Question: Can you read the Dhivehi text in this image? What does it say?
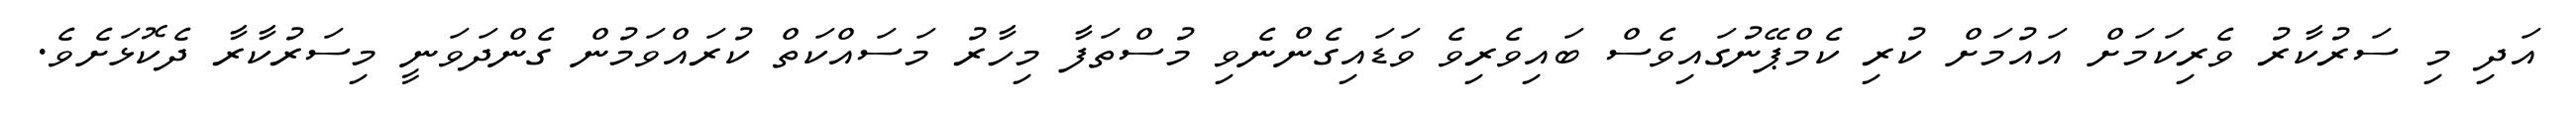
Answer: އަދި މި ސަރުކާރު ވެރިކަމަށް އައުމަށް ކުރި ކެމްޕޭނުގައިވެސް ބައިވެރިވެ ވަޑައިގެންނެވި މުސްތަފާ މިހާރު މަސައްކަތް ކުރައްވަމުން ގެންދަވަނީ މިސަރުކާރާ ދެކޮޅަށެވެ.